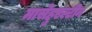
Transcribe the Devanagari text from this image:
मासेहुएल्टीन